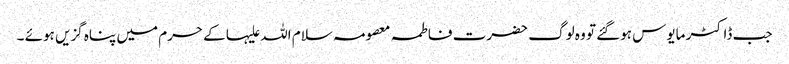
جب ڈاکٹر مایوس ہوگئے تو وہ لوگ حضرت فاطمہ معصومہ سلام اللہ علیہا کے حرم میں پناہ گزیں ہوئے ۔